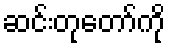
ဆင်းတုတော်ကို